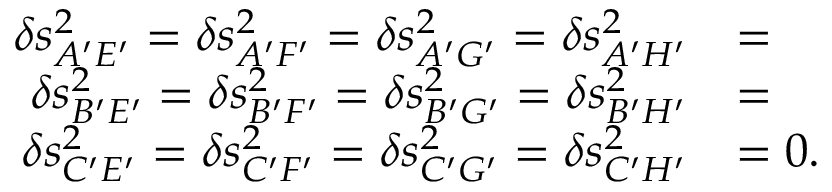
\begin{array} { r l } { \delta s _ { A ^ { \prime } E ^ { \prime } } ^ { 2 } = \delta s _ { A ^ { \prime } F ^ { \prime } } ^ { 2 } = \delta s _ { A ^ { \prime } G ^ { \prime } } ^ { 2 } = \delta s _ { A ^ { \prime } H ^ { \prime } } ^ { 2 } } & { = } \\ { \delta s _ { B ^ { \prime } E ^ { \prime } } ^ { 2 } = \delta s _ { B ^ { \prime } F ^ { \prime } } ^ { 2 } = \delta s _ { B ^ { \prime } G ^ { \prime } } ^ { 2 } = \delta s _ { B ^ { \prime } H ^ { \prime } } ^ { 2 } } & { = } \\ { \delta s _ { C ^ { \prime } E ^ { \prime } } ^ { 2 } = \delta s _ { C ^ { \prime } F ^ { \prime } } ^ { 2 } = \delta s _ { C ^ { \prime } G ^ { \prime } } ^ { 2 } = \delta s _ { C ^ { \prime } H ^ { \prime } } ^ { 2 } } & { = 0 . } \end{array}